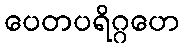
ပေတပရိဂ္ဂဟေ